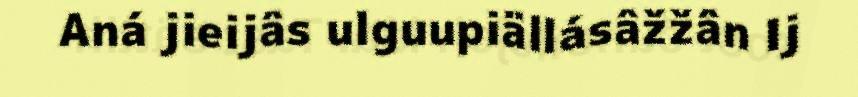
Aná jieijâs ulguupiällásâžžân Ij